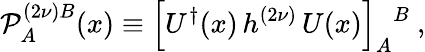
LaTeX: {\cal P}_{A}^{(2\nu)B}(x)\equiv\left[U^{\dagger}(x)\, h^{(2\nu)}\, U(x)\right]_{A}{}^{B}~,